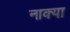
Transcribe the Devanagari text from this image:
नाक्या